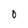
Character: 0